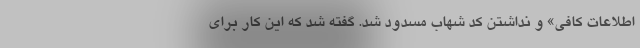
اطلاعات کافی» و نداشتن کد شهاب مسدود شد. گفته شد که این کار برای